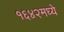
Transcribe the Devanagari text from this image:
१६४२मध्ये